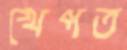
খেপত